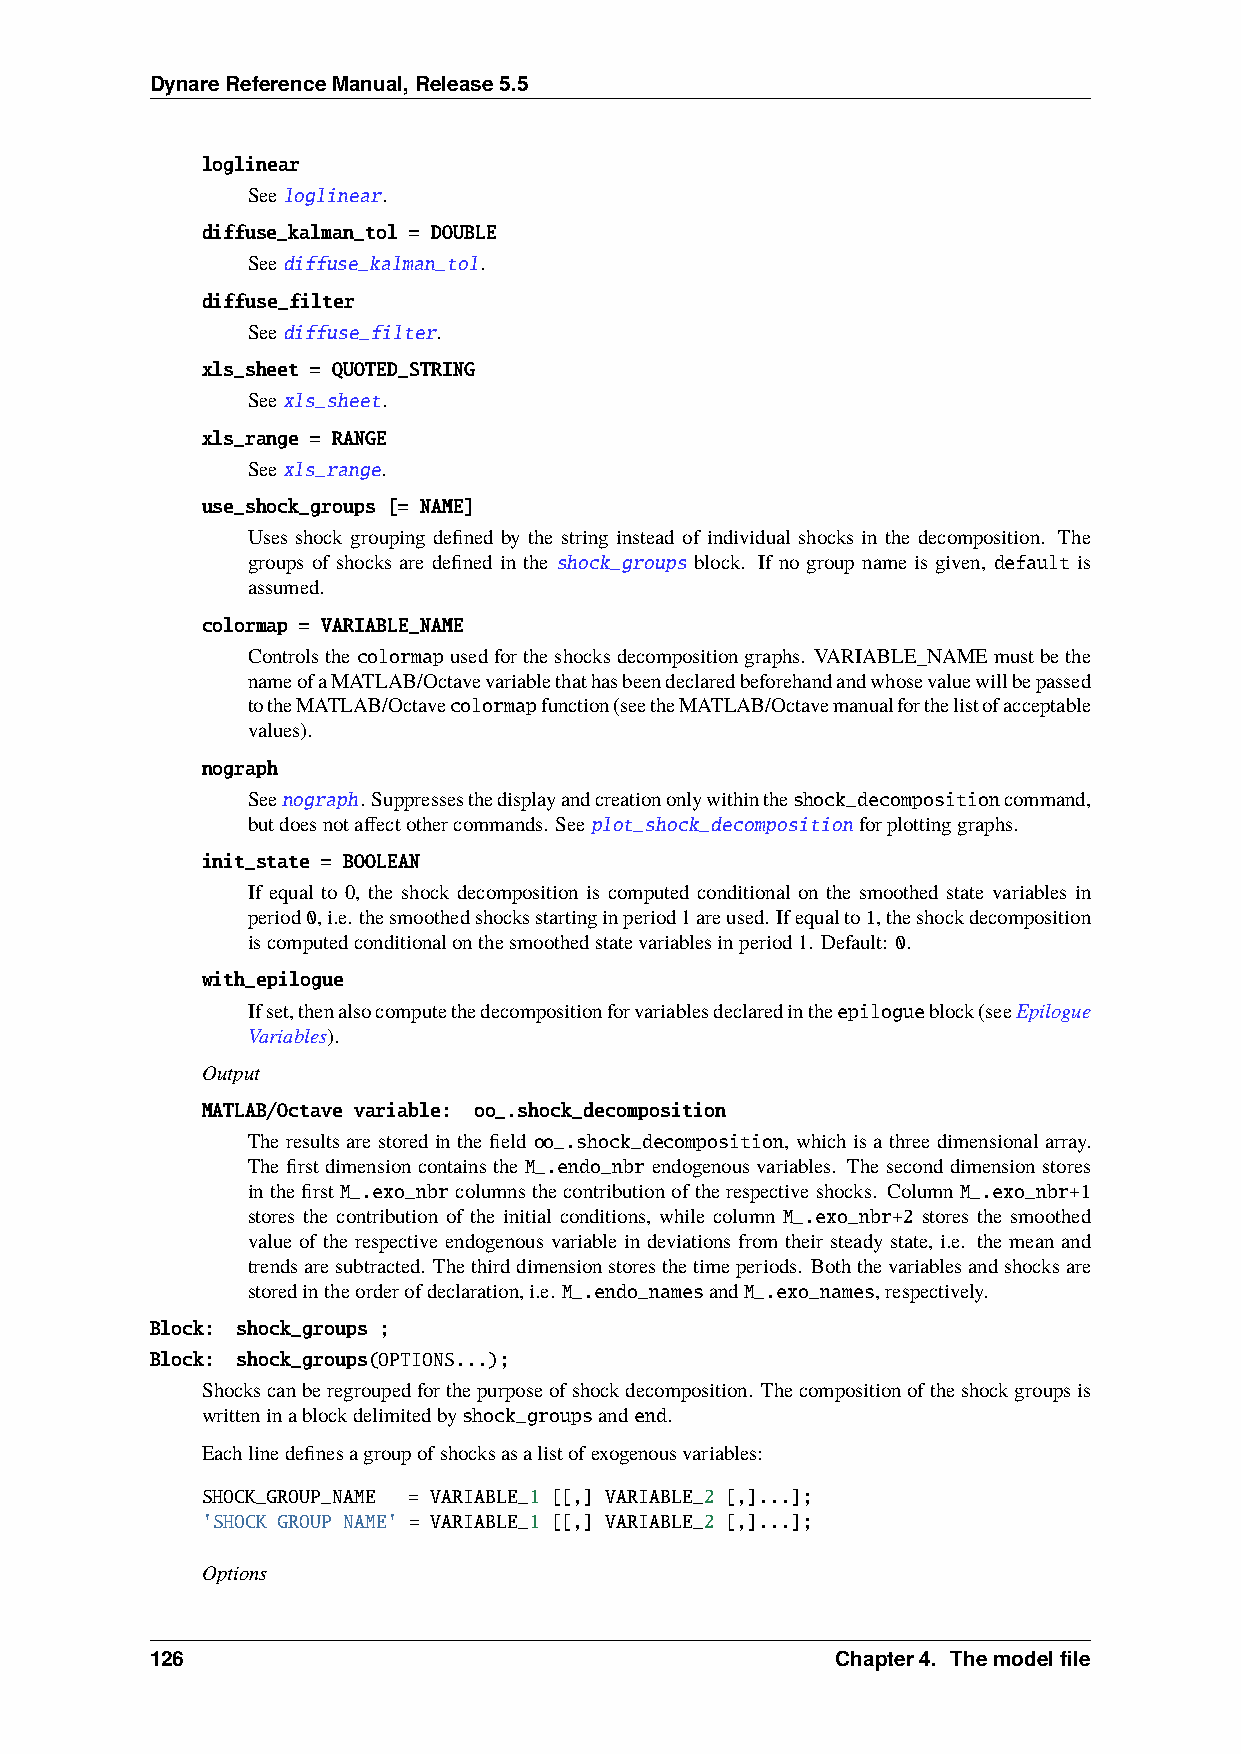
DynareReferenceManual,Release5.5
 loglinear
 Seeloglinear.
 diffuse_kalman_tol = DOUBLE
 Seediffuse_kalman_tol.
 diffuse_filter
 Seediffuse_filter.
 xls_sheet = QUOTED_STRING
 Seexls_sheet.
 xls_range = RANGE
 Seexls_range.
 use_shock_groups [= NAME]
 Uses shock grouping defined by the string instead of individual shocks in the decomposition. The
 groups of shocks are defined in the shock_groups block. If no group name is given, default is
 assumed.
 colormap = VARIABLE_NAME
 Controlsthecolormapusedfortheshocksdecompositiongraphs. VARIABLE_NAMEmustbethe
 nameofaMATLAB/Octavevariablethathasbeendeclaredbeforehandandwhosevaluewillbepassed
 totheMATLAB/Octavecolormapfunction(seetheMATLAB/Octavemanualforthelistofacceptable
 values).
 nograph
 Seenograph. Suppressesthedisplayandcreationonlywithintheshock_decompositioncommand,
 butdoesnotaffectothercommands. Seeplot_shock_decomposition forplottinggraphs.
 init_state = BOOLEAN
 If equal to 0, the shock decomposition is computed conditional on the smoothed state variables in
 period0,i.e. thesmoothedshocksstartinginperiod1areused. Ifequalto1,theshockdecomposition
 iscomputedconditionalonthesmoothedstatevariablesinperiod1. Default: 0.
 with_epilogue
 Ifset,thenalsocomputethedecompositionforvariablesdeclaredintheepilogueblock(seeEpilogue
 Variables).
 Output
 MATLAB/Octave variable: oo_.shock_decomposition
 The results are stored in the field oo_.shock_decomposition, which is a three dimensional array.
 The first dimension contains the M_.endo_nbr endogenous variables. The second dimension stores
 inthefirst M_.exo_nbrcolumnsthecontributionoftherespectiveshocks. Column M_.exo_nbr+1
 stores the contribution of the initial conditions, while column M_.exo_nbr+2 stores the smoothed
 value of the respective endogenous variable in deviations from their steady state, i.e. the mean and
 trendsaresubtracted. Thethirddimensionstoresthetimeperiods. Boththevariablesandshocksare
 storedintheorderofdeclaration,i.e. M_.endo_namesandM_.exo_names,respectively.
 Block: shock_groups ;
 Block: shock_groups(OPTIONS...);
 Shockscanberegroupedforthepurposeofshockdecomposition. Thecompositionoftheshockgroupsis
 writteninablockdelimitedbyshock_groupsandend.
 Eachlinedefinesagroupofshocksasalistofexogenousvariables:
 SHOCK_GROUP_NAME = VARIABLE_1 [[,] VARIABLE_2 [,]...];
 'SHOCK GROUP NAME' = VARIABLE_1 [[,] VARIABLE_2 [,]...];
 Options
 126                                          Chapter4. Themodelfile